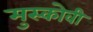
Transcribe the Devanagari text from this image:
मुस्कोवी